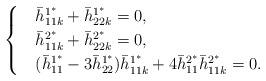
LaTeX: \begin{align*}\begin{cases}&\bar h^{1^*}_{11k}+\bar h^{1^*}_{22k}=0,\\&\bar h^{2^*}_{11k}+\bar h^{2^*}_{22k}=0,\\&(\bar h^{1^*}_{11}-3\bar h^{1^*}_{22})\bar h^{1^*}_{11k}+4\bar h^{2^{\ast}}_{11}\bar h^{2^*}_{11k}=0.\end{cases}\end{align*}